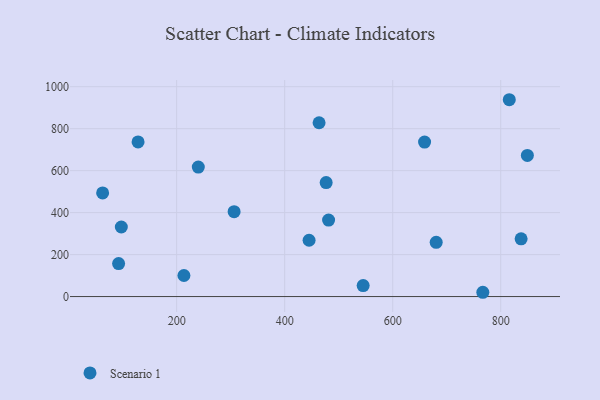
{"axis": {"x": "Study Hours", "y": "Sales"}, "legend": ["Scenario 1"], "data": [{"x": "463.7", "y": 828.3, "type": "Scenario 1"}, {"x": "766.8", "y": 20.4, "type": "Scenario 1"}, {"x": "97.6", "y": 331.5, "type": "Scenario 1"}, {"x": "476.8", "y": 543.1, "type": "Scenario 1"}, {"x": "481.3", "y": 364.4, "type": "Scenario 1"}, {"x": "815.8", "y": 937.9, "type": "Scenario 1"}, {"x": "837.7", "y": 275.2, "type": "Scenario 1"}, {"x": "680.5", "y": 258.4, "type": "Scenario 1"}, {"x": "63.0", "y": 493.9, "type": "Scenario 1"}, {"x": "92.6", "y": 157.1, "type": "Scenario 1"}, {"x": "128.6", "y": 736.7, "type": "Scenario 1"}, {"x": "213.5", "y": 100.4, "type": "Scenario 1"}, {"x": "659.0", "y": 736.3, "type": "Scenario 1"}, {"x": "240.1", "y": 617.1, "type": "Scenario 1"}, {"x": "445.2", "y": 268.4, "type": "Scenario 1"}, {"x": "306.4", "y": 404.6, "type": "Scenario 1"}, {"x": "849.3", "y": 672.6, "type": "Scenario 1"}, {"x": "545.3", "y": 52.2, "type": "Scenario 1"}]}